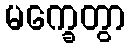
မက္ခေတွာ